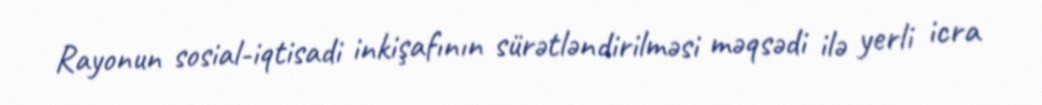
Rayonun sosial-iqtisadi inkişafının sürətləndirilməsi məqsədi ilə yerli icra